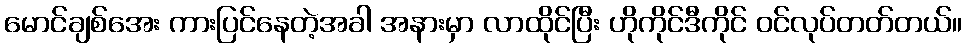
မောင်ချစ်အေး ကားပြင်နေတဲ့အခါ အနားမှာ လာထိုင်ပြီး ဟိုကိုင်ဒီကိုင် ဝင်လုပ်တတ်တယ်။